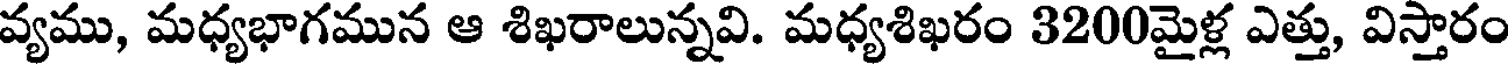
వ్యము, మధ్యభాగమున ఆ శిఖరాలున్నవి. మధ్యశిఖరం 3200మైళ్ల ఎత్తు, విస్తారం